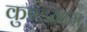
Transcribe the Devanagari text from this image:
कुण्डग्राम